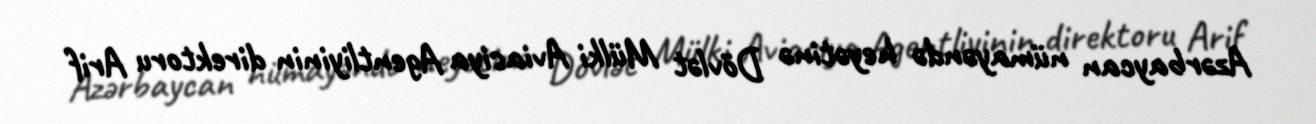
Azərbaycan nümayəndə heyətinə Dövlət Mülki Aviasiya Agentliyinin direktoru Arif